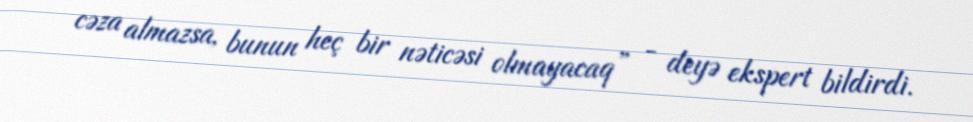
cəza almazsa, bunun heç bir nəticəsi olmayacaq” - deyə ekspert bildirdi.